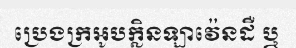
ប្រេងក្រអូបក្លិនឡាវ៉េនដឺ ឬ